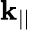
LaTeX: \mathbf{k}_{||}